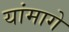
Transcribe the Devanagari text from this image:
यांमागे